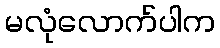
မလုံလောက်ပါက